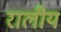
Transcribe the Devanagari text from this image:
रालीय